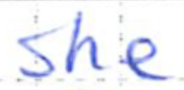
Text: she
Cross-out: clean
Writing tool: ballpoint